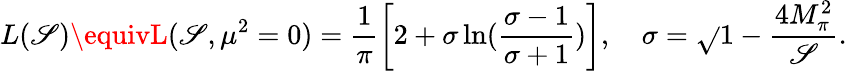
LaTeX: L(\mathscr{S})\equivL(\mathscr{S},\mu^{2}=0)=\frac{{1}}{{\pi}}\left[2+\sigma\ln(\frac{{\sigma-1}}{{\sigma+1}})\right],~~~~\sigma=\sqrt{}{{1-\frac{{4M_{\pi}^{2}}}{{\mathscr{S}}}}}.